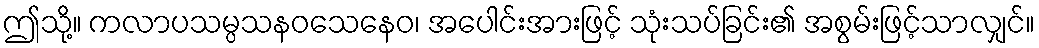
ဤသို့။ ကလာပသမ္ပသနဝသေနေဝ၊ အပေါင်းအားဖြင့် သုံးသပ်ခြင်း၏ အစွမ်းဖြင့်သာလျှင်။